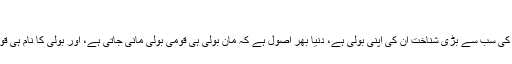
“
کسی بھی قوم کی سب سے بڑی شناخت ان کی اپنی بولی ہے، دنیا بھر اصول ہے کہ مان بولی ہی قومی بولی مانی جاتی ہے، اور بولی کا نام ہی قوم پر پڑتا ہے۔